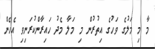
މާ މި މަލުގެ ވަހުގެ އިތުރުން މި މަލާ މެދު ހައިރާންކުރަނިވި އެހެން